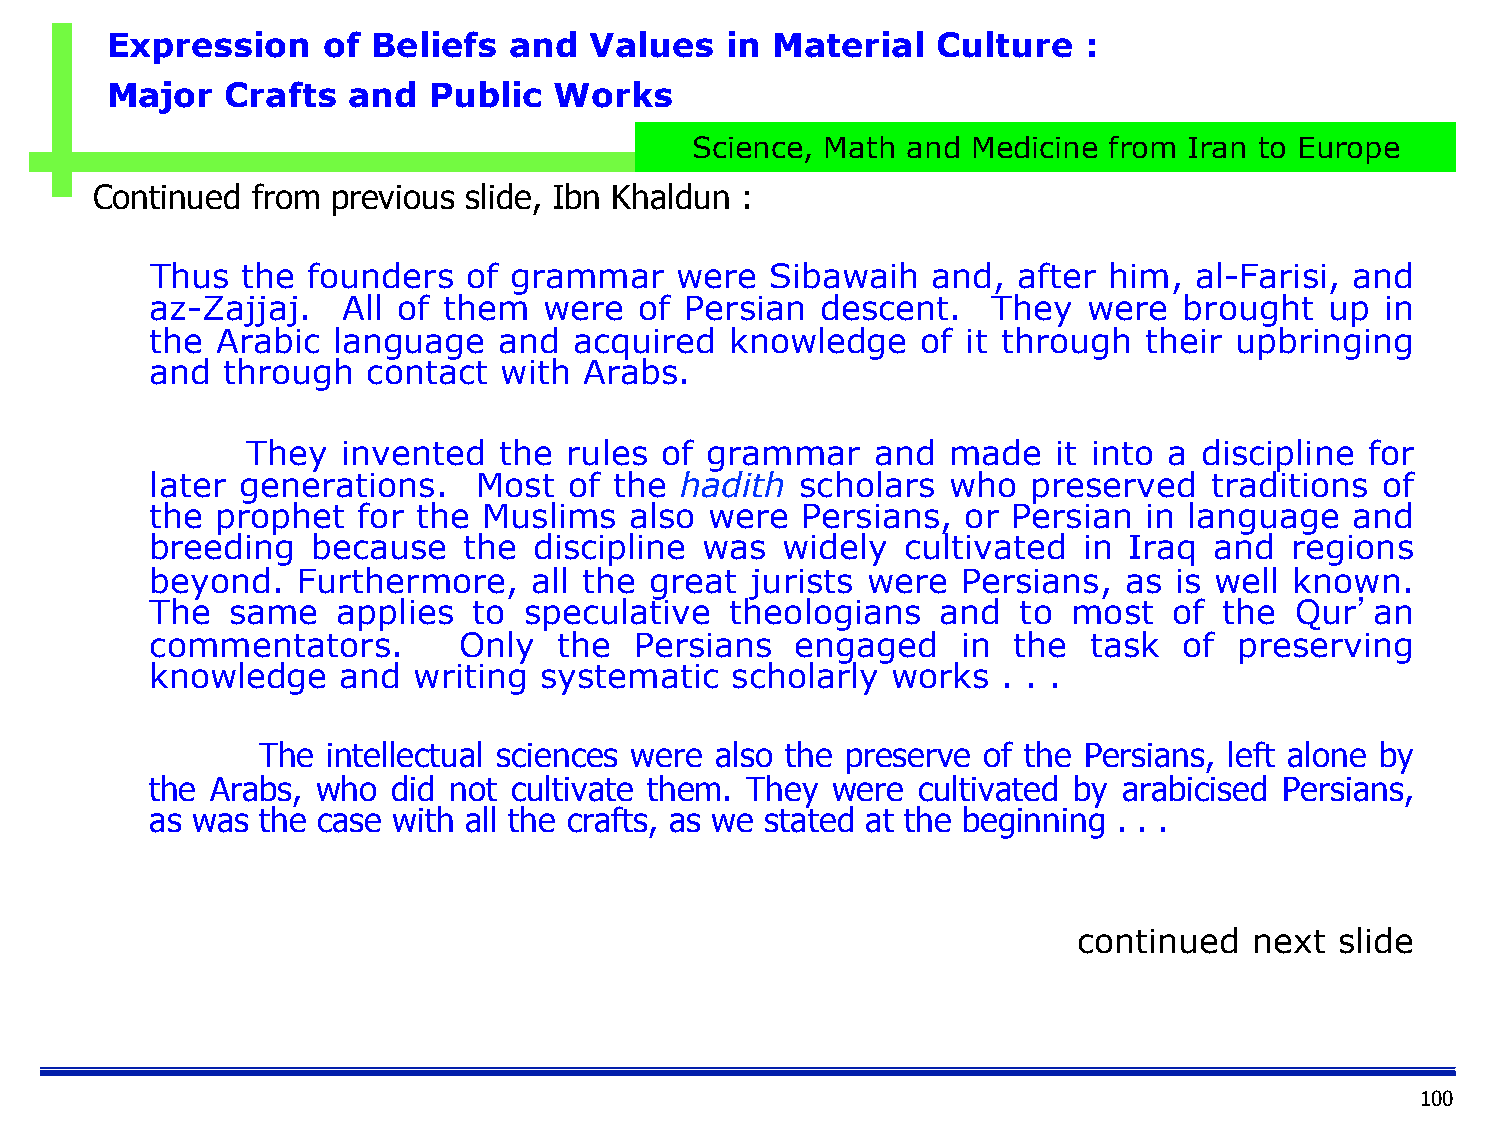
Expression    of  Beliefs  and  Values   in Material   Culture   :
 Major   Crafts  and  Public   Works
 Science, Math and Medicine from  Iran to Europe
 Continued  from previous slide, Ibn Khaldun :
 Thus  the founders   of grammar    were  Sibawaih   and, after him,  al-Farisi, and
 az-Zajjaj.   All of them  were  of Persian  descent.    They  were  brought   up  in
 the Arabic  language   and  acquired  knowledge    of it through  their upbringing
 and  through  contact  with  Arabs.
 They   invented  the rules  of grammar    and  made   it into a discipline for
 later generations.    Most  of the hadith  scholars  who  preserved   traditions of
 the prophet   for the Muslims   also were  Persians,  or Persian  in language   and
 breeding   because   the discipline  was  widely  cultivated  in Iraq and  regions
 beyond.   Furthermore,   all the great  jurists were  Persians, as  is well known.
 The  same   applies  to  speculative  theologians   and  to  most   of the  Qur’an
 commentators.       Only   the  Persians   engaged    in the  task  of  preserving
 knowledge   and  writing  systematic  scholarly  works  . . .
 The  intellectual sciences were also the preserve of the Persians, left alone by
 the Arabs, who  did not cultivate them. They were  cultivated by arabicised Persians,
 as was the case with all the crafts, as we stated at the beginning . . .
 continued   next  slide
 100